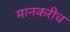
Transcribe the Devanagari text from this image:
मानकरीच